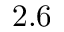
2 . 6